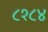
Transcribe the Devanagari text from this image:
८१८४